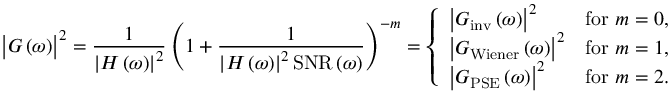
\bigl | G \left( \omega \right) \bigr | ^ { 2 } = \frac { 1 } { \left| H \left( \omega \right) \right| ^ { 2 } } \left( 1 + \frac { 1 } { \left| H \left( \omega \right) \right| ^ { 2 } \mathrm { S N R } \left( \omega \right) } \right) ^ { - m } = \left\{ \begin{array} { l l } { \bigl | G _ { \mathrm { i n v } } \left( \omega \right) \bigr | ^ { 2 } } & { \mathrm { f o r ~ } m = 0 , } \\ { \bigl | G _ { \mathrm { W i e n e r } } \left( \omega \right) \bigr | ^ { 2 } } & { \mathrm { f o r ~ } m = 1 , } \\ { \bigl | G _ { \mathrm { P S E } } \left( \omega \right) \bigr | ^ { 2 } } & { \mathrm { f o r ~ } m = 2 . } \end{array} \right.